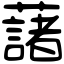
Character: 藷